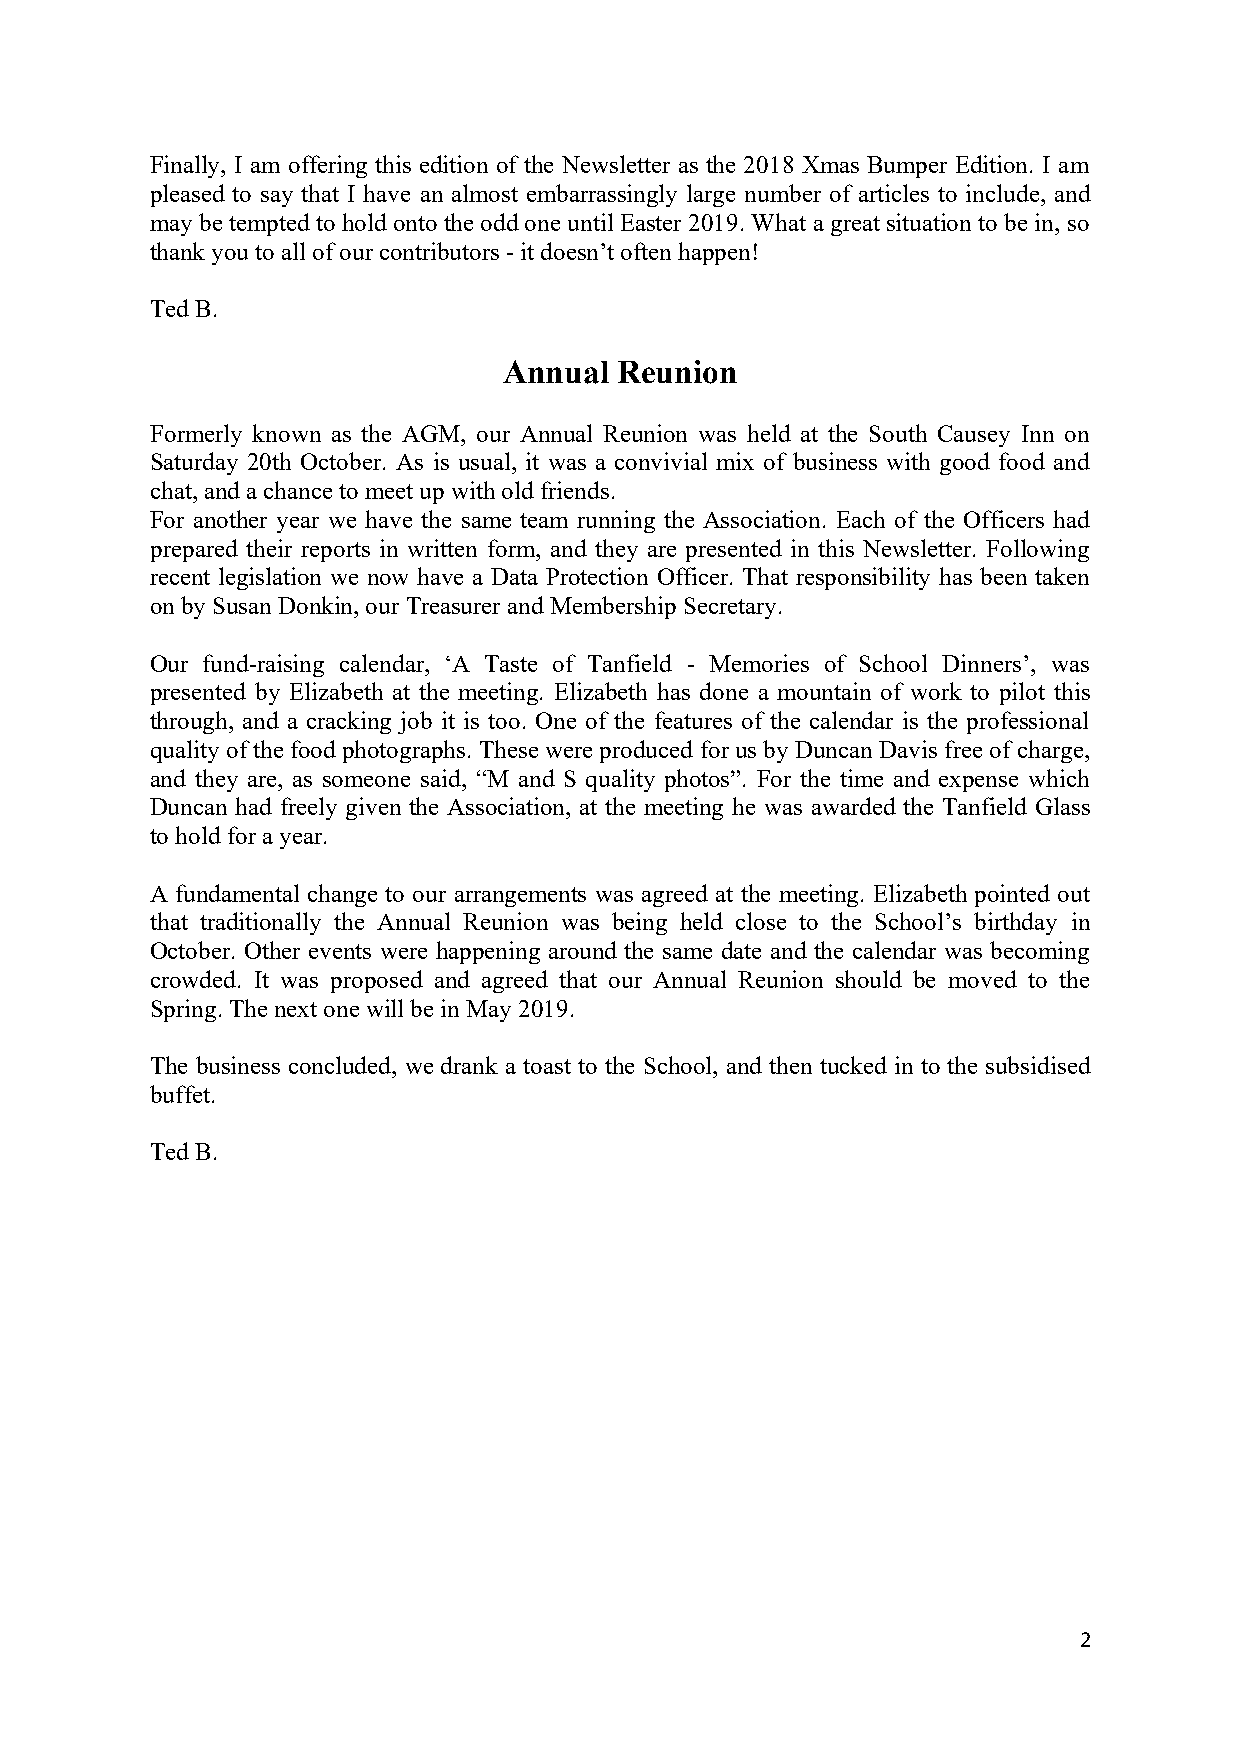
Finally, I am offering this edition of the Newsletter as the 2018 Xmas Bumper Edition. I am
 pleased to say that I have an almost embarrassingly large number of articles to include, and
 may be tempted to hold onto the odd one until Easter 2019. What a great situation to be in, so
 thank you to all of our contributors - it doesn’t often happen!
 Ted B.
 Annual  Reunion
 Formerly known as the AGM, our Annual Reunion was held at the South Causey Inn on
 Saturday 20th October. As is usual, it was a convivial mix of business with good food and
 chat, and a chance to meet up with old friends.
 For another year we have the same team running the Association. Each of the Officers had
 prepared their reports in written form, and they are presented in this Newsletter. Following
 recent legislation we now have a Data Protection Officer. That responsibility has been taken
 on by Susan Donkin, our Treasurer and Membership Secretary.
 Our fund-raising calendar, ‘A Taste of Tanfield - Memories of School Dinners’, was
 presented by Elizabeth at the meeting. Elizabeth has done a mountain of work to pilot this
 through, and a cracking job it is too. One of the features of the calendar is the professional
 quality of the food photographs. These were produced for us by Duncan Davis free of charge,
 and they are, as someone said, “M and S quality photos”. For the time and expense which
 Duncan had freely given the Association, at the meeting he was awarded the Tanfield Glass
 to hold for a year.
 A fundamental change to our arrangements was agreed at the meeting. Elizabeth pointed out
 that traditionally the Annual Reunion was being held close to the School’s birthday in
 October. Other events were happening around the same date and the calendar was becoming
 crowded. It was proposed and agreed that our Annual Reunion should be moved to the
 Spring. The next one will be in May 2019.
 The business concluded, we drank a toast to the School, and then tucked in to the subsidised
 buffet.
 Ted B.
 2